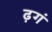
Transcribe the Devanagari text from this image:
ढ़गं